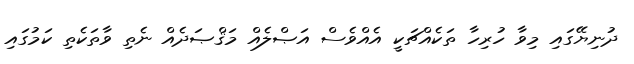
ދުނިޔޭގައި މިވާ ހުރިހާ ތަކެއްޗަކީ އެއްވެސް އަޞްލެއް މަޤްޞަދެއް ނެތި ވާތަކެތި ކަމުގައި